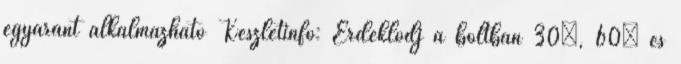
egyaránt alkalmazható Készletinfó: Érdeklődj a boltban 30°, 60° és